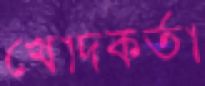
খোদকর্তা